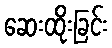
ဆေးထိုးခြင်း